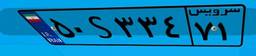
۵۲S۳۳۹۸۴